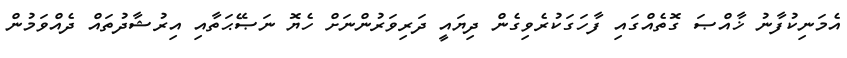
އެމަނިކުފާނު ޚާއްޞަ ގޮތެއްގައި ފާހަގަކުރެވިގެން ދިޔައީ ދަރިވަރުންނަށް ހެޔޮ ނަޞޭޙަތާއި އިރުޝާދުތައް ދެއްވަމުން